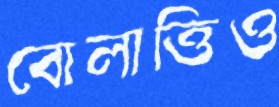
বোলাত্তিও